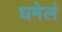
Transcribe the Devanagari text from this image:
घमेलं